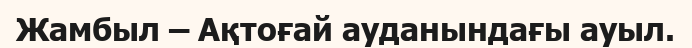
Жамбыл – Ақтоғай ауданындағы ауыл.